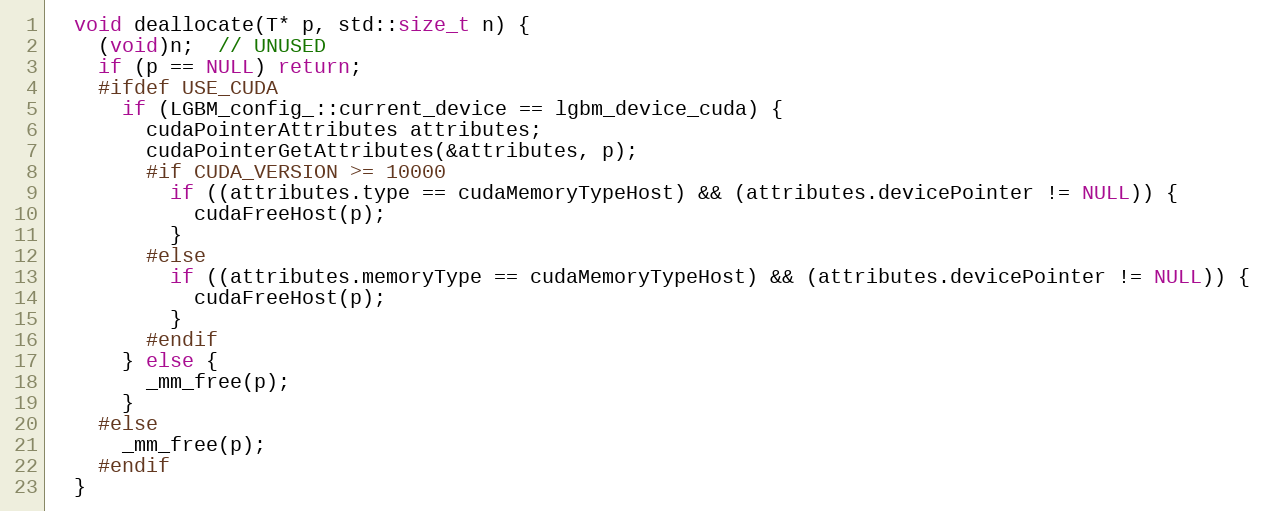
Language: C
  void deallocate(T* p, std::size_t n) {
    (void)n;  // UNUSED
    if (p == NULL) return;
    #ifdef USE_CUDA
      if (LGBM_config_::current_device == lgbm_device_cuda) {
        cudaPointerAttributes attributes;
        cudaPointerGetAttributes(&attributes, p);
        #if CUDA_VERSION >= 10000
          if ((attributes.type == cudaMemoryTypeHost) && (attributes.devicePointer != NULL)) {
            cudaFreeHost(p);
          }
        #else
          if ((attributes.memoryType == cudaMemoryTypeHost) && (attributes.devicePointer != NULL)) {
            cudaFreeHost(p);
          }
        #endif
      } else {
        _mm_free(p);
      }
    #else
      _mm_free(p);
    #endif
  }